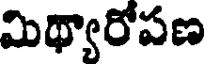
మిథ్యారోపణ